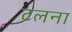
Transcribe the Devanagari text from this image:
टलना